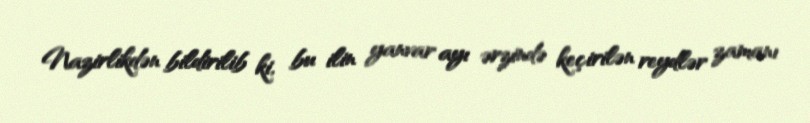
Nazirlikdən bildirilib ki, bu ilin yanvar ayı ərzində keçirilən reydlər zamanı